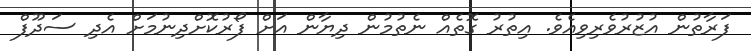
ފަރާތުން އުޒުރުވެރިވިއެވެ. އިތުރު ގޮތެއް ނެތުމުން ދިޔާން އަށް ފޯރުކޮށްދިނުމަށް އެދި ސަދޫފް